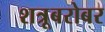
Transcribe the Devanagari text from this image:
शत्रूबरोबर